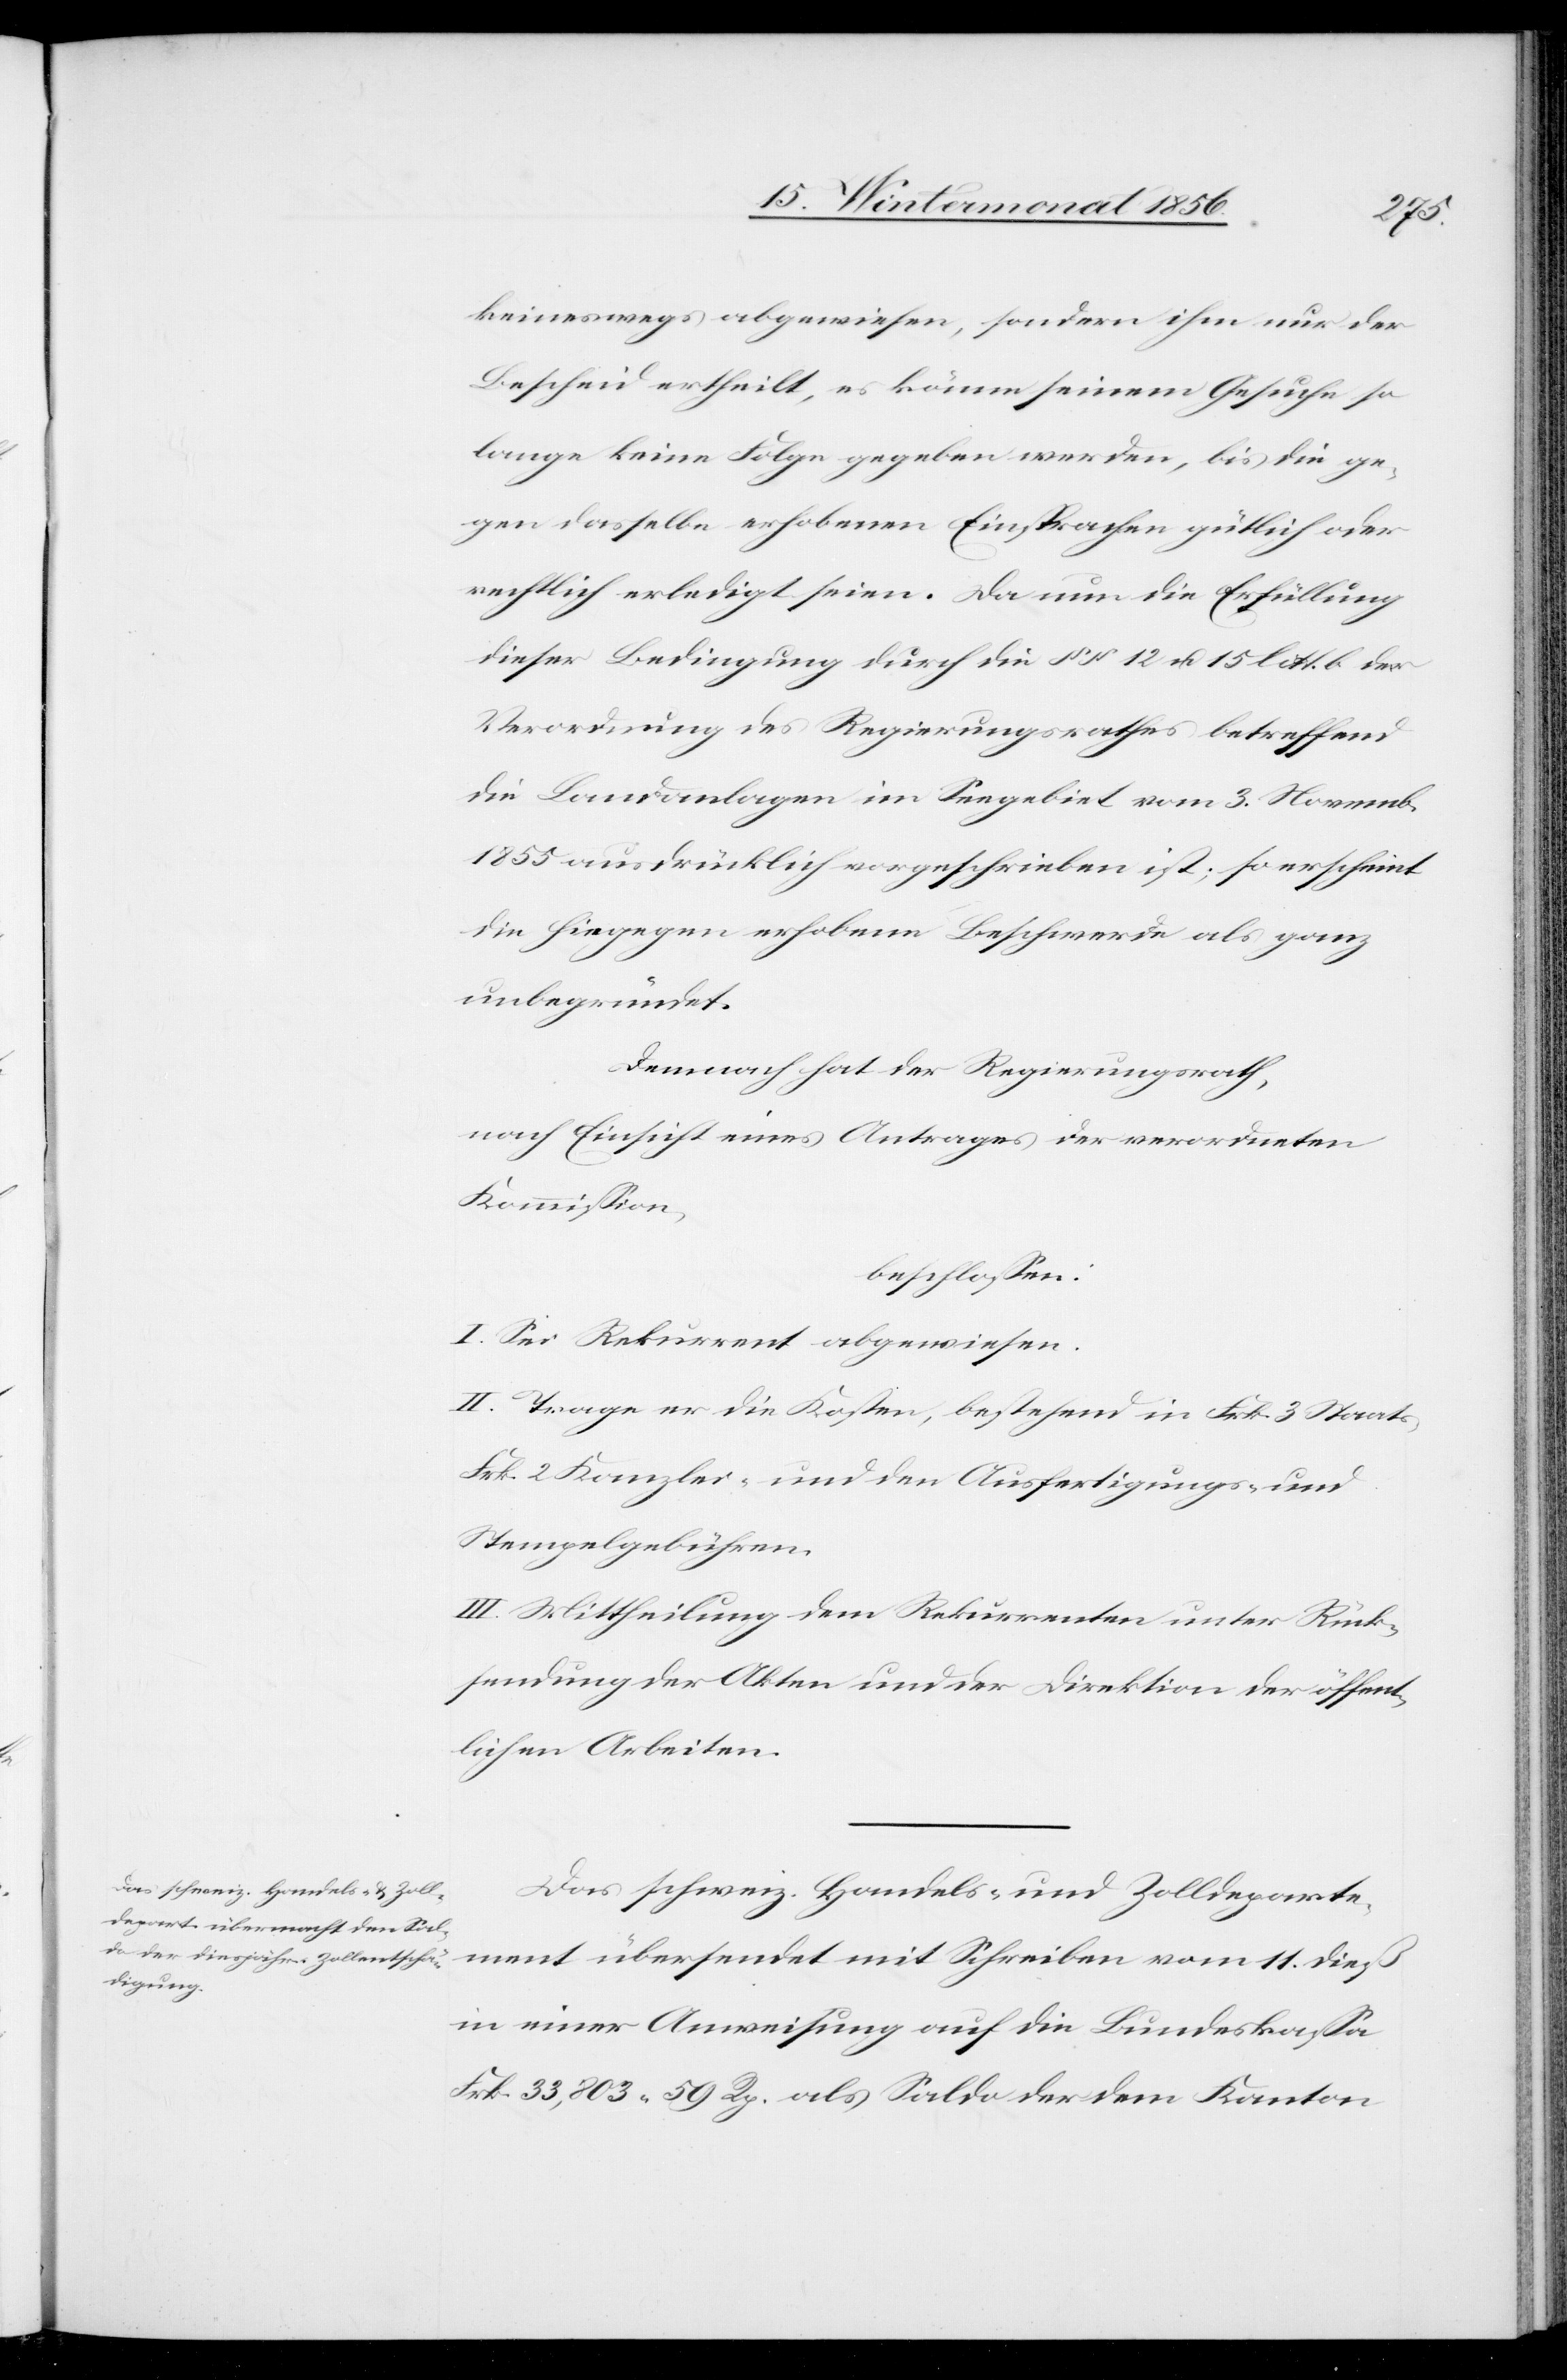
keineswegs abgewiesen, sondern ihm nur der
Bescheid ertheilt, es könne seinem Gesuche so
lange keine Folge gegeben werden, bis die ge¬
gen dasselbe erhobenen Einsprachen gütlich oder
rechtlich erledigt seien. Da nun die Erfüllung
dieser Bedingung durch die §§ 12 u. 15 litt. b der
Verordnung des Regierungsrathes betreffend
die Landanlagen im Seegebiet vom 3. Novemb.
1855 ausdrücklich vorgeschrieben ist; so erscheint
die hiegegen erhobene Beschwerde als ganz
unbegründet.
Demnach hat der Regierungsrath,
nach Einsicht eines Antrages der verordneten
Kommission,
beschlossen:
I. Sei Rekurrent abgewiesen.
II. Trage er die Kosten, bestehend in Frk. 3 Staats-[,]
Frk. 2 Kanzlei- und den Ausfertigungs- und
Stempelgebühren.
III. Mittheilung dem Rekurrenten unter Rück¬
sendung der Akten und der Direktion der öffent¬
lichen Arbeiten.
Das schweiz. Handels- und Zolldeparte¬
ment übersendet mit Schreiben vom 11. dieß
in einer Anweisung auf die Bundeskassa
Frk. 33,803. 59 Rp. als Saldo der dem Kanton